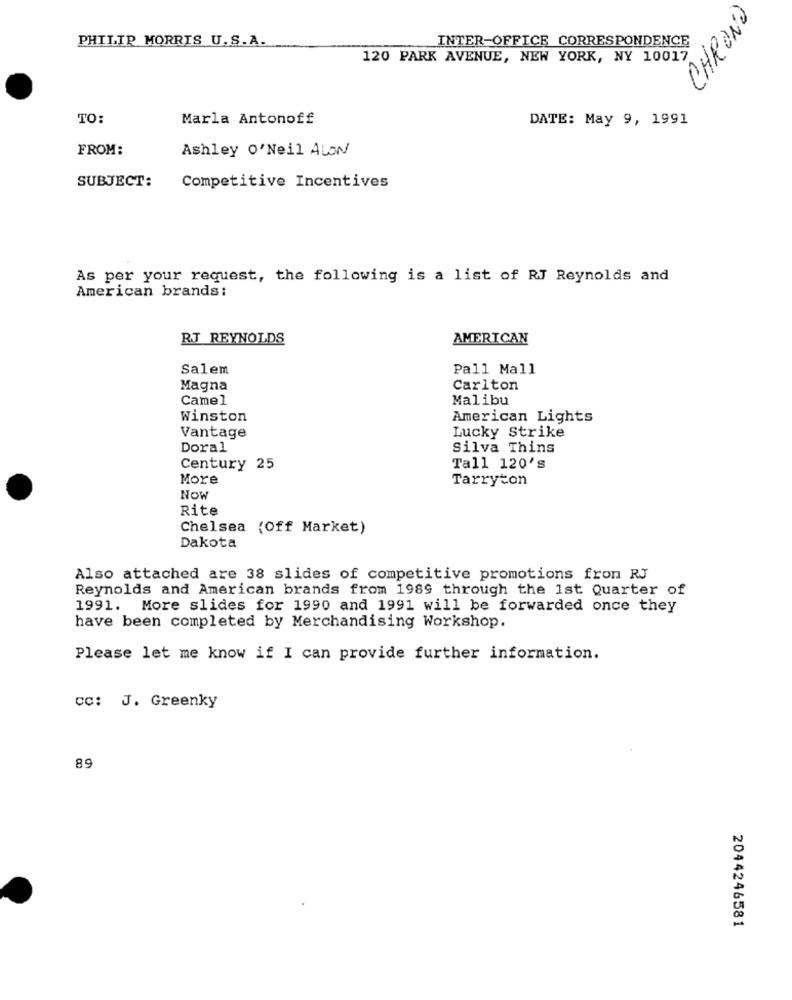
CHRONO
PHILIP MORRIS U.S.A.
INTER-OFFICE CORRESPONDENCE
120 PARK AVENUE, NEW YORK, NY 10017
TO:
Marla Antonoff
DATE: May 9, 1991
FROM:
Ashley 0'Neil ALON
SUBJECT:
Competitive Incentives
As per your request, the following is a list of RJ Reynolds and
American brands:
RJ REYNOLDS
AMERICAN
Salem
Pall Mall
Magna
Carlton
Camel
Malibu
Winston
American Lights
Lucky Strike
Vantage
Doral
Silva Thins
Century 25
Tall 120's
More
Tarryton
Now
Rite
Chelsea (Off Market)
Dakota
Also attached are 38 slides of competitive promotions fron RJ
Reynolds and American brands from 1989 through the 1st Quarter of
1991. More slides for 1990 and 1991 will be forwarded once they
have been completed by Merchandising Workshop.
Please let me know if I can provide further information.
CC: J. Greenky
89
2044246581